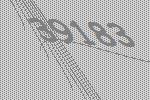
39183